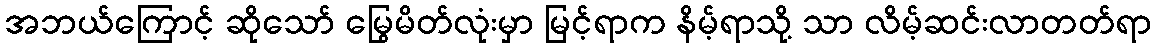
အဘယ်ကြောင့် ဆိုသော် မြွေမိတ်လုံးမှာ မြင့်ရာက နိမ့်ရာသို့ သာ လိမ့်ဆင်းလာတတ်ရာ